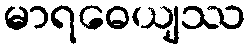
မာရဓေယျဿ